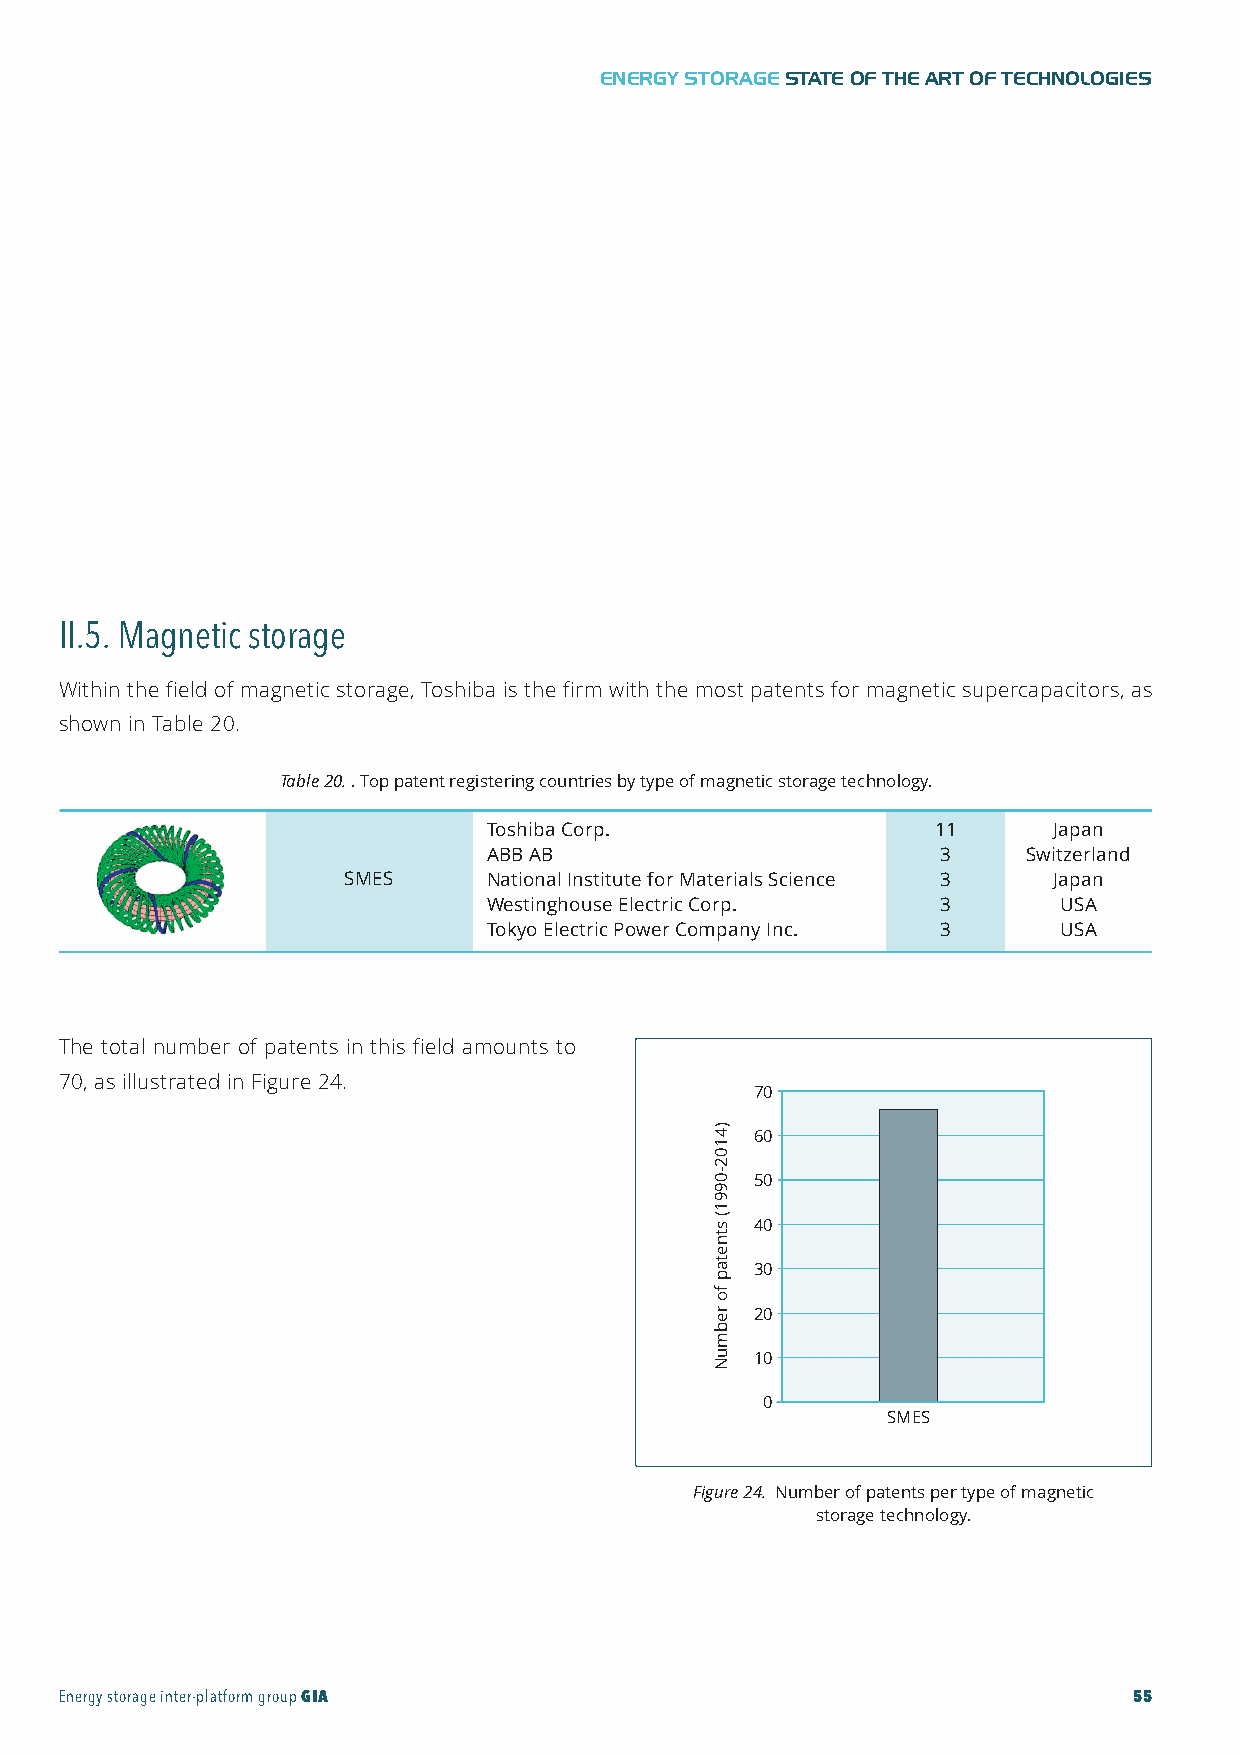
GIA-Maqueta-ENG 18/11/2015 10:05 Página 55
 ENERGY STORAGESTATE OF THE ART OF TECHNOLOGIES
 II.5. Magnetic storage
 Within the field of magnetic storage, Toshiba is the firm with the most patents for magnetic supercapacitors, as
 shown in Table 20.
 Table20. . Top patent registering countries by type of magnetic storage technology.
 Toshiba Corp.                 11      Japan
 ABB AB                        3     Switzerland
 SMES     National Institute for Materials Science 3 Japan
 Westinghouse Electric Corp.   3       USA
 Tokyo Electric Power Company Inc. 3   USA
 The total number of patents in this field amounts to l
 70, as illustrated in Figure 24.
 70
 60
 50
 40
 30
 20
 10
 0
 SMES
 Figure24. Number of patents per type of magnetic
 storage technology.
 Energy storage inter-platform groupGIA                                 55
 )4102-0991(
 stnetap
 fo
 rebmuN